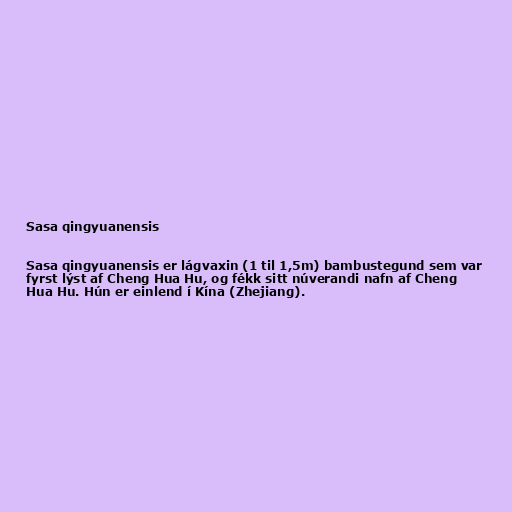
Sasa qingyuanensis

Sasa qingyuanensis er lágvaxin (1 til 1,5m) bambustegund sem var
fyrst lýst af Cheng Hua Hu, og fékk sitt núverandi nafn af Cheng
Hua Hu. Hún er einlend í Kína (Zhejiang).